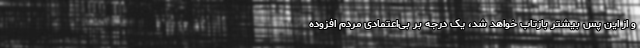
و از این پس بیشتر بازتاب خواهد شد، یک درجه بر بی‌اعتمادی مردم افزوده